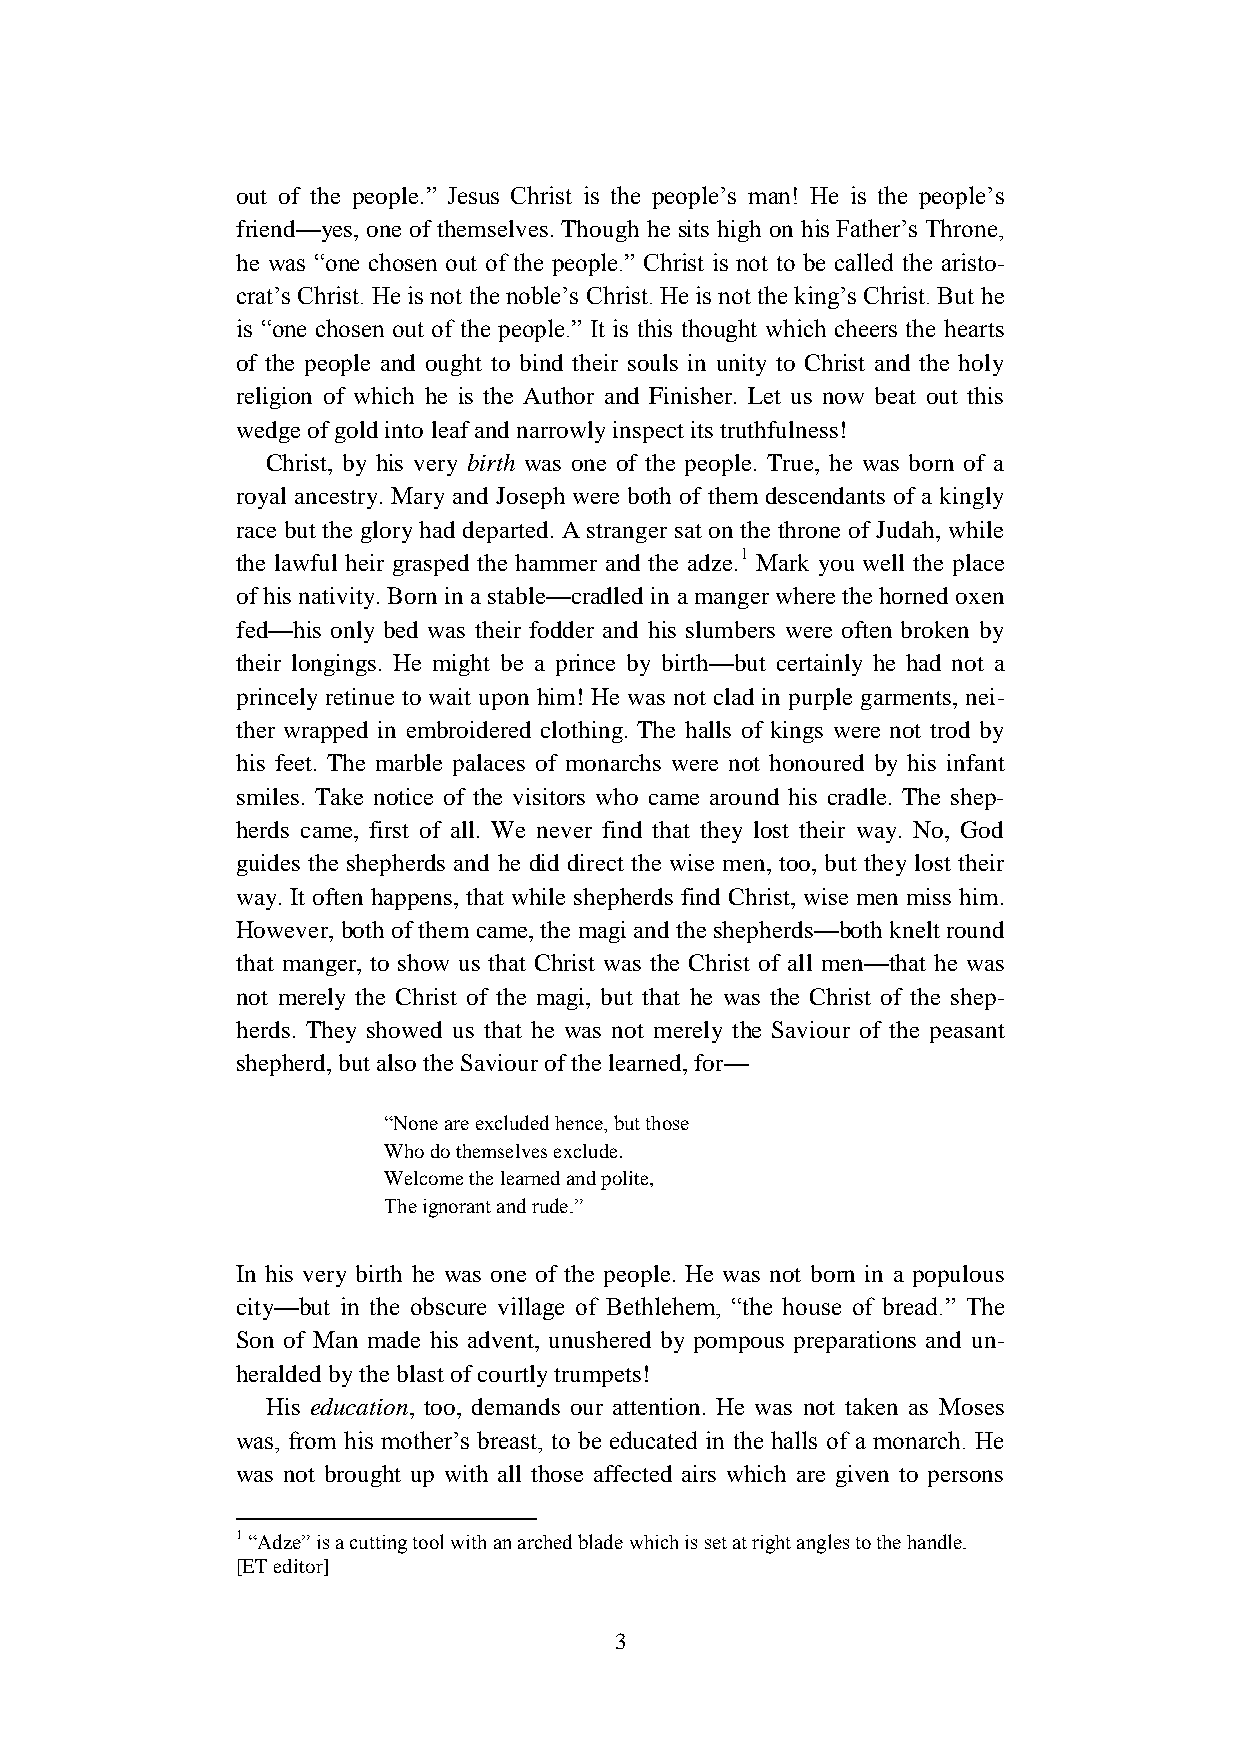
out of the people.” Jesus Christ is the people’s man! He is the people’s
 friend—yes, one of themselves. Though he sits high on his Father’s Throne,
 he was “one chosen out of the people.” Christ is not to be called the aristo-
 crat’s Christ. He is not the noble’s Christ. He is not the king’s Christ. But he
 is “one chosen out of the people.” It is this thought which cheers the hearts
 of the people and ought to bind their souls in unity to Christ and the holy
 religion of which he is the Author and Finisher. Let us now beat out this
 wedge of gold into leaf and narrowly inspect its truthfulness!
 Christ, by his very birth was one of the people. True, he was born of a
 royal ancestry. Mary and Joseph were both of them descendants of a kingly
 race but the glory had departed. A stranger sat on the throne of Judah, while
 the lawful heir grasped the hammer and the adze.1 Mark you well the place
 of his nativity. Born in a stable—cradled in a manger where the horned oxen
 fed—his only bed was their fodder and his slumbers were often broken by
 their longings. He might be a prince by birth—but certainly he had not a
 princely retinue to wait upon him! He was not clad in purple garments, nei-
 ther wrapped in embroidered clothing. The halls of kings were not trod by
 his feet. The marble palaces of monarchs were not honoured by his infant
 smiles. Take notice of the visitors who came around his cradle. The shep-
 herds came, first of all. We never find that they lost their way. No, God
 guides the shepherds and he did direct the wise men, too, but they lost their
 way. It often happens, that while shepherds find Christ, wise men miss him.
 However, both of them came, the magi and the shepherds—both knelt round
 that manger, to show us that Christ was the Christ of all men—that he was
 not merely the Christ of the magi, but that he was the Christ of the shep-
 herds. They showed us that he was not merely the Saviour of the peasant
 shepherd, but also the Saviour of the learned, for—
 “None are excluded hence, but those
 Who do themselves exclude.
 Welcome the learned and polite,
 The ignorant and rude.”
 In his very birth he was one of the people. He was not born in a populous
 city—but in the obscure village of Bethlehem, “the house of bread.” The
 Son of Man made his advent, unushered by pompous preparations and un-
 heralded by the blast of courtly trumpets!
 His education, too, demands our attention. He was not taken as Moses
 was, from his mother’s breast, to be educated in the halls of a monarch. He
 was not brought up with all those affected airs which are given to persons
 1 “Adze” is a cutting tool with an arched blade which is set at right angles to the handle.
 [ET editor]
 3